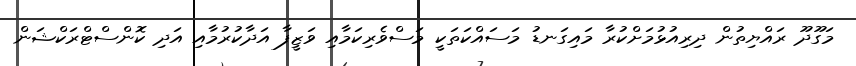
މަގޫދޫ ރައްޔިތުން ދިރިއުޅުމަށްކުރާ މައިގަނޑު މަސައްކަތަކީ މަސްވެރިކަމާއި ވަޒީފާ އަދާކުރުމާއި އަދި ކޮންސްޓްރަކްޝަން